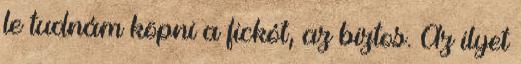
le tudnám köpni a fickót, az biztos. Az ilyet